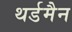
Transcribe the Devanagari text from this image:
थर्डमैन